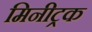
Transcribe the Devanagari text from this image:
मिनीट्रक